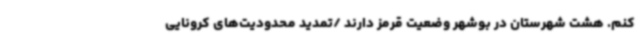
کنم. هشت شهرستان در بوشهر وضعیت قرمز دارند /تمدید محدودیت‌های کرونایی